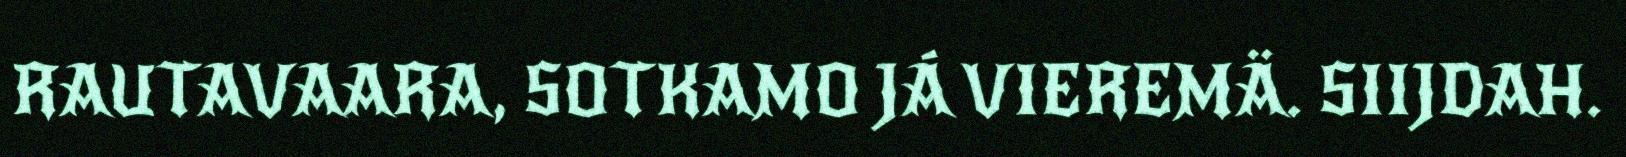
RAUTAVAARA, SOTKAMO JÁ VIEREMÄ. SIIJDAH.